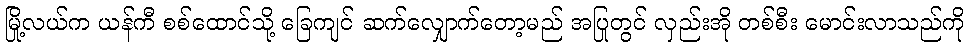
မြို့လယ်က ယန်ကီ စစ်ထောင်သို့ ခြေကျင် ဆက်လျှောက်တော့မည် အပြုတွင် လှည်းအို တစ်စီး မောင်းလာသည်ကို